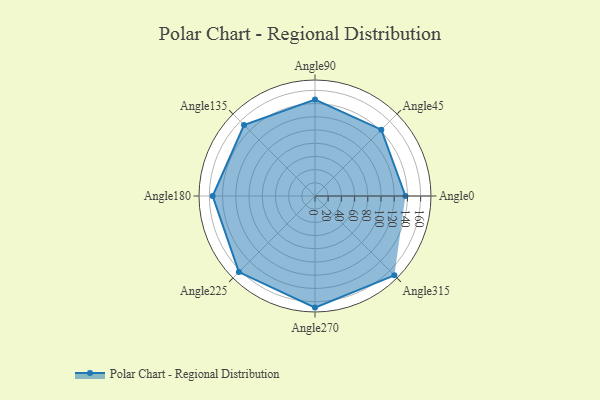
{"axis": {"x": "Angle", "y": "Radius"}, "legend": [""], "data": [{"x": "Angle0", "y": 137.0, "type": ""}, {"x": "Angle45", "y": 142.0, "type": ""}, {"x": "Angle90", "y": 146.0, "type": ""}, {"x": "Angle135", "y": 152.0, "type": ""}, {"x": "Angle180", "y": 155.0, "type": ""}, {"x": "Angle225", "y": 163.0, "type": ""}, {"x": "Angle270", "y": 169.0, "type": ""}, {"x": "Angle315", "y": 170, "type": ""}]}